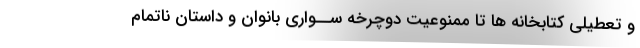
و تعطیلی کتابخانه ها تا ممنوعیت دوچرخه ســواری بانوان و داستان ناتمام